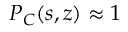
{ \cal P } _ { C } ( s , z ) \approx 1